Vaccination North-Western Provinces and Oudh 1878-1895 - 1878-1895
Year: 1878
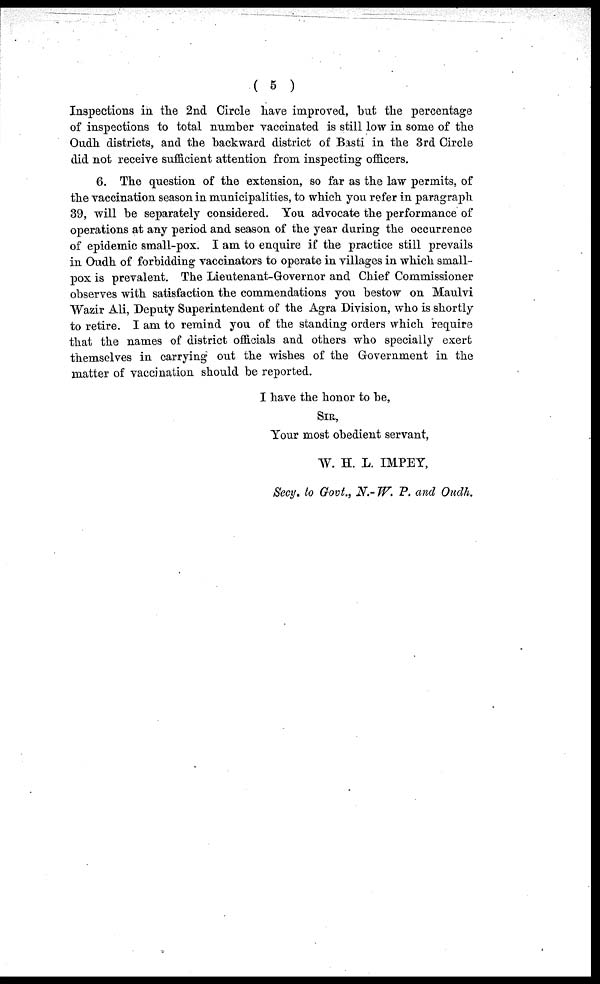
( 5 )
Inspections in the 2nd Circle have improved, but the percentage
of inspections to total number vaccinated is still low in some of the
Oudh districts, and the backward district of Basti in the 3rd Circle
did not receive sufficient attention from inspecting officers.
6. The question of the extension, so far as the law permits, of
the vaccination season in municipalities, to which you refer in paragraph
39, will be separately considered. You advocate the performance of
operations at any period and season of the year during the occurrence
of epidemic small-pox. I am to enquire if the practice still prevails
in Oudh of forbidding vaccinators to operate in villages in which small-
pox is prevalent. The Lieutenant-Governor and Chief Commissioner
observes with satisfaction the commendations you bestow on Maulvi
Wazir Ali, Deputy Superintendent of the Agra Division, who is shortly
to retire. I am to remind you of the standing orders which require
that the names of district officials and others who specially exert
themselves in carrying out the wishes of the Government in the
matter of vaccination should be reported.
I have the honor to be,
SIR,
Your most obedient servant,
W. H. L. IMPEY,
Secy. to Govt., N.- W. P. and Oudh.